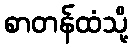
စာတန်ထံသို့